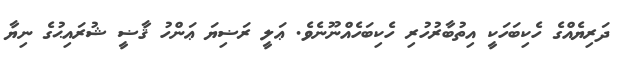
ދަރިޔެއްގެ ހެކިބަހަކީ އިތުބާރުހުރި ހެކިބަހެއްނޫނެވެ. ޢަލީ ރަޟިޔަ ޢަންހު ޤާޟީ ޝުރައިޙުގެ ނިޔާ